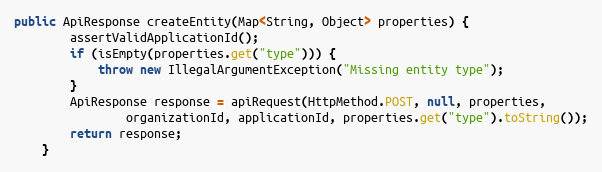
Language: Java
public ApiResponse createEntity(Map<String, Object> properties) {
        assertValidApplicationId();
        if (isEmpty(properties.get("type"))) {
            throw new IllegalArgumentException("Missing entity type");
        }
        ApiResponse response = apiRequest(HttpMethod.POST, null, properties,
                organizationId, applicationId, properties.get("type").toString());
        return response;
    }